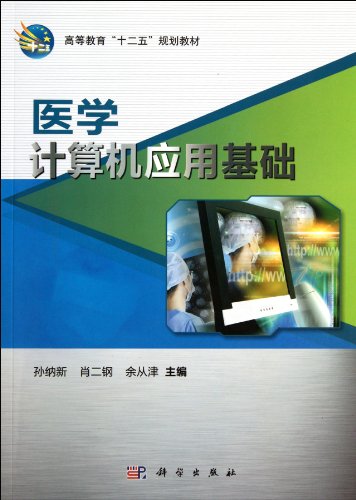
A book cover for Medical Computer Application Basics (the Twelfth Five-year Plan Textbool of Higher Education) (Chinese Edition); sun na xin  xiao er gang  yu cong jin; Medical Books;